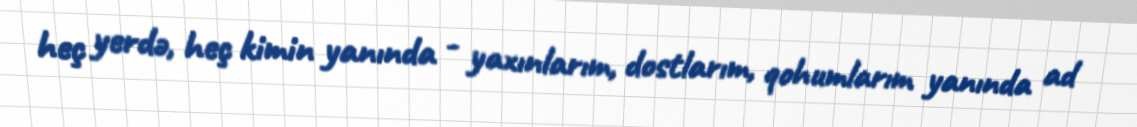
heç yerdə, heç kimin yanında - yaxınlarım, dostlarım, qohumlarım yanında ad